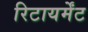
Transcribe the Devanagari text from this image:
रिटायर्मेंट